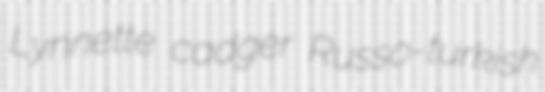
Lynnette cadger Russo-turkish